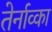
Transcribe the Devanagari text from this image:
तेर्नाव्का